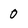
Character: 0